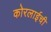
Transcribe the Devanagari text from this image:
कोरलाईची